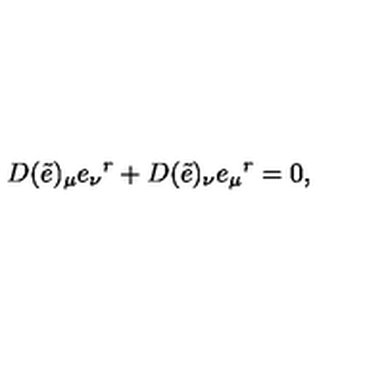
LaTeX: D ( \tilde { e } ) _ { \mu } e _ { \nu } { } ^ { r } + D ( \tilde { e } ) _ { \nu } e _ { \mu } { } ^ { r } = 0 ,